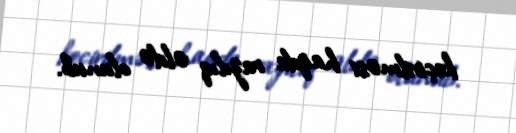
keçirilməsi haqda razılıq əldə olunub.